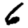
Digit: 6